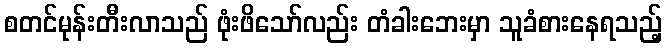
စတင်မုန်းတီးလာသည် ဖုံးဖိသော်လည်း တံခါးဘေးမှာ သူခံစားနေရသည့်